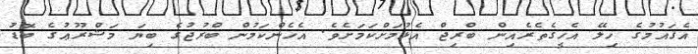
އެޤައުމުގެ ހިލޭ އެހީގެތެރެއިން ބްރިޖް އެޅުމަށްކަމަށެވެ. އެހެންކަމުން ބްރުޖުގެ ބިޔަ މަޝްރޫޢުގެ ބޮޑު